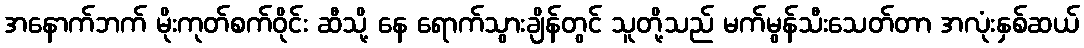
အနောက်ဘက် မိုးကုတ်စက်ဝိုင်း ဆီသို့ နေ ရောက်သွားချိန်တွင် သူတို့သည် မက်မွန်သီးသေတ်တာ အလုံးနှစ်ဆယ်